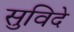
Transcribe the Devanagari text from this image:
सुविदे